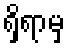
ရှိရာမှ